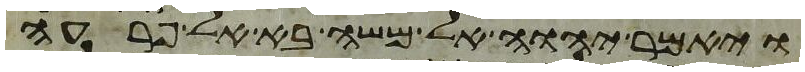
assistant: ויאמר יהוה אל משה בא אל פרעה